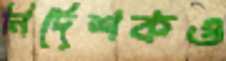
নির্দেশকও